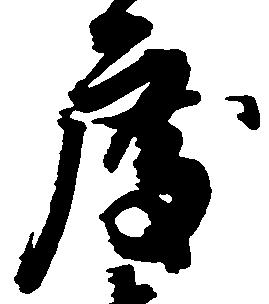
度